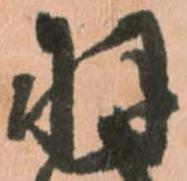
羽